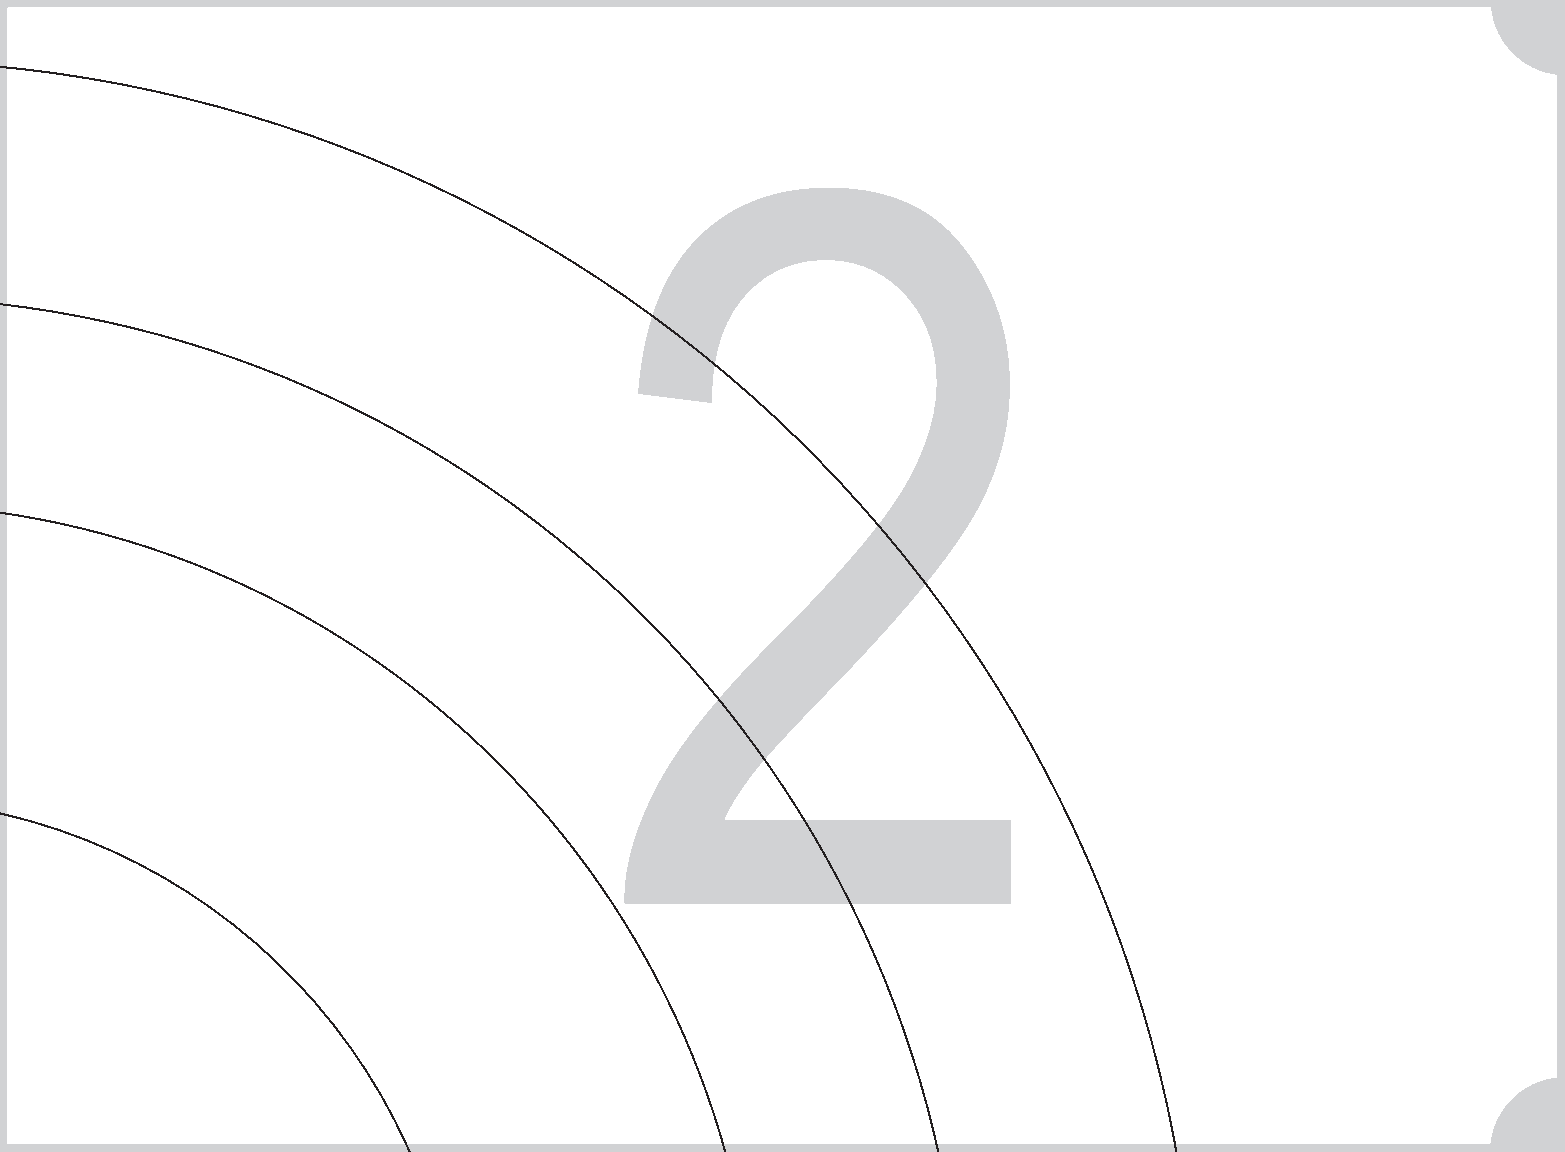
1                                       2
 3                                  4